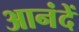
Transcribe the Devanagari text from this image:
आनंदें